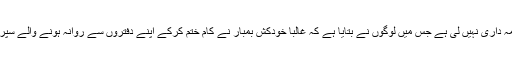
حملہ کے لئے کسی نے فوری طور پر ذمہ داری نہیں لی ہے جس میں لوگوں نے بتایا ہے کہ غالباً خودکش بمبار نے کام ختم کرکے اپنے دفتروں سے روانہ ہونے والے سپریم کورٹ کے ملازمین کو نشانہ بنایا تھا۔